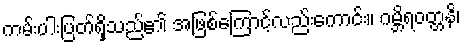
ကမ်းပါးပြတ်ရှိသည်၏ အဖြစ်ကြောင့်လည်းကောင်း။ ဂမ္ဘိရဝတ္တနိ၊